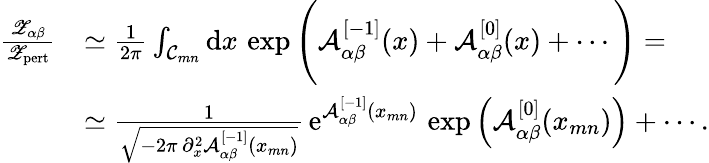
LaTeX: \begin{array}{rl}{\frac{{\mathscr Z}_{\alpha\beta}}{{\mathscr Z}_{\mathrm{pert}}}}&{\simeq\frac{1}{2\pi}\int_{{\mathcal C}_{mn}}\mathrm{d}x\, \exp\Bigg({\mathcal A}_{\alpha\beta}^{[-1]}(x)+{\mathcal A}_{\alpha\beta}^{[0]}(x)+\cdots\Bigg)=}\\ &{\simeq\frac{1}{\sqrt{-2\pi\, \partial_{x}^{2}{\mathcal A}_{\alpha\beta}^{[-1]}(x_{mn})}}\, {\mathrm{e}}^{{\mathcal A}_{\alpha\beta}^{[-1]}(x_{mn})}\, \exp\left({\mathcal A}_{\alpha\beta}^{[0]}(x_{mn})\right)+\cdots.}\end{array}